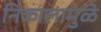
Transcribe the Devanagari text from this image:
निकालामुळे